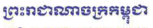
ព្រះរាជាណាចក្រកម្ពុជា